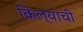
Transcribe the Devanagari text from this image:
किल्यांची